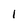
Character: I